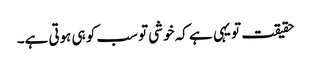
حقیقت تو یہی ہے کہ خوشی تو سب کو ہی ہوتی ہے۔